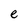
Character: e